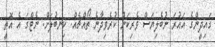
ގައިދީންގެ އައުރަ ނުބެލިޔަސް ވެރިކަން ކުރެވިދާނެ ތޯއްޗެއް. ކިނބުލަށް. ނެޓްގަ އެ އޮތީ